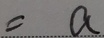
= a